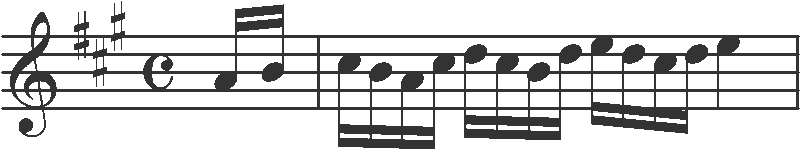
Transcription: clef-G2 keySignature-AM timeSignature-C note-A4_sixteenth note-B4_sixteenth barline note-C#5_sixteenth note-B4_sixteenth note-A4_sixteenth note-C#5_sixteenth note-D5_sixteenth note-C#5_sixteenth note-B4_sixteenth note-D5_sixteenth note-E5_sixteenth note-D5_sixteenth note-C#5_sixteenth note-D5_sixteenth note-E5_quarter barline